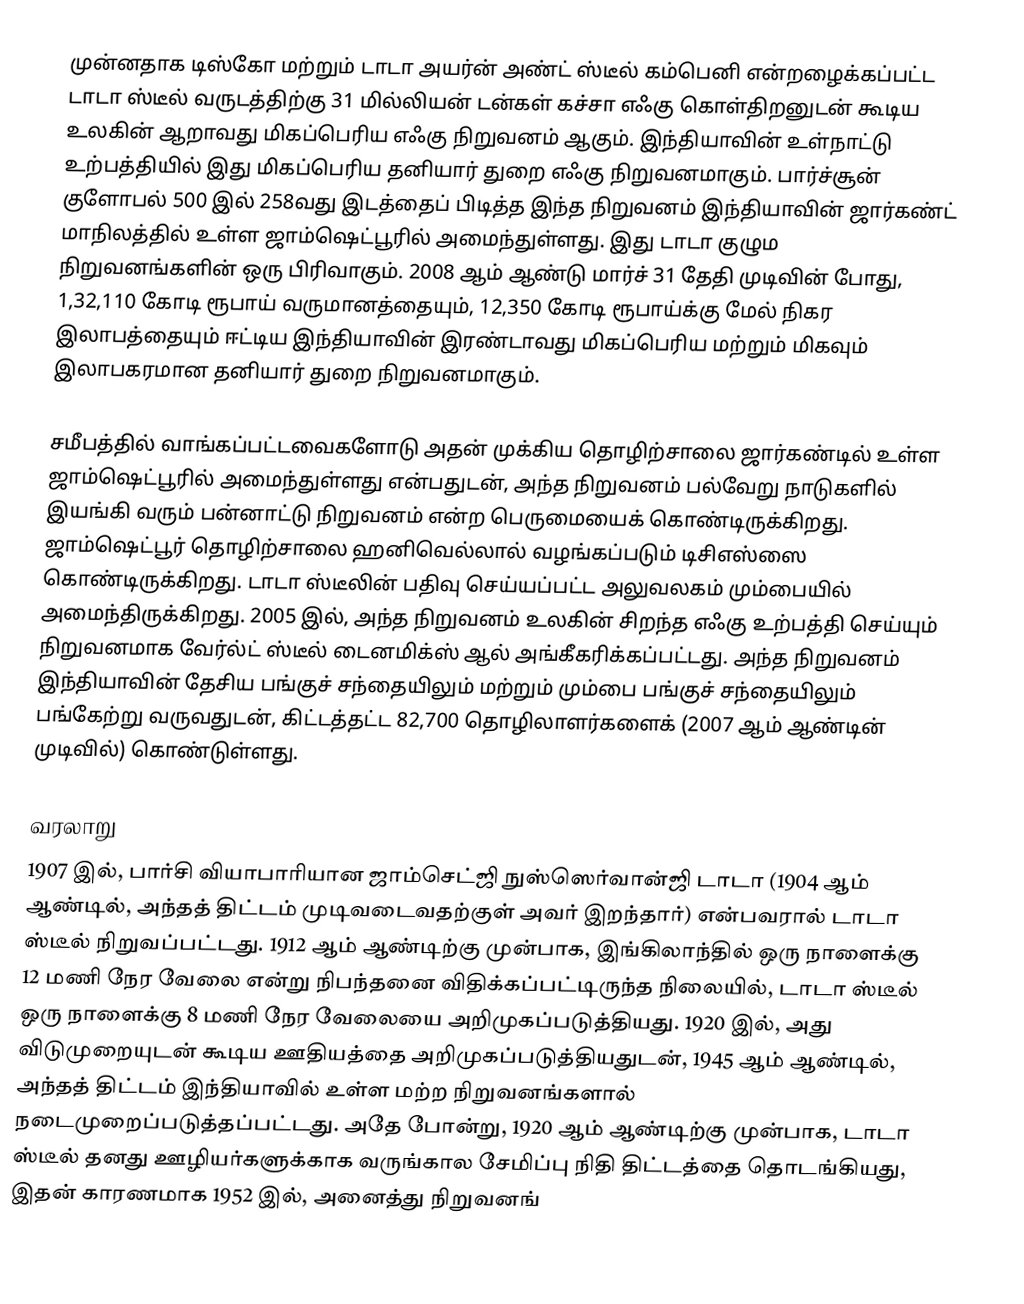
முன்னதாக டிஸ்கோ  மற்றும் டாடா அயர்ன் அண்ட் ஸ்டீல் கம்பெனி என்றழைக்கப்பட்ட டாடா ஸ்டீல் வருடத்திற்கு 31 மில்லியன் டன்கள் கச்சா எஃகு கொள்திறனுடன் கூடிய உலகின் ஆறாவது மிகப்பெரிய எஃகு நிறுவனம் ஆகும். இந்தியாவின் உள்நாட்டு உற்பத்தியில் இது மிகப்பெரிய தனியார் துறை எஃகு நிறுவனமாகும். பார்ச்சூன் குளோபல் 500 இல் 258வது இடத்தைப் பிடித்த இந்த நிறுவனம் இந்தியாவின் ஜார்கண்ட் மாநிலத்தில் உள்ள ஜாம்ஷெட்பூரில் அமைந்துள்ளது. இது டாடா குழும நிறுவனங்களின் ஒரு பிரிவாகும். 2008 ஆம் ஆண்டு மார்ச் 31 தேதி முடிவின் போது, 1,32,110 கோடி ரூபாய் வருமானத்தையும், 12,350 கோடி ரூபாய்க்கு மேல் நிகர இலாபத்தையும் ஈட்டிய இந்தியாவின் இரண்டாவது மிகப்பெரிய மற்றும் மிகவும் இலாபகரமான தனியார் துறை நிறுவனமாகும்.

சமீபத்தில் வாங்கப்பட்டவைகளோடு அதன் முக்கிய தொழிற்சாலை ஜார்கண்டில் உள்ள ஜாம்ஷெட்பூரில் அமைந்துள்ளது என்பதுடன், அந்த நிறுவனம் பல்வேறு நாடுகளில் இயங்கி வரும் பன்னாட்டு நிறுவனம் என்ற பெருமையைக் கொண்டிருக்கிறது. ஜாம்ஷெட்பூர் தொழிற்சாலை ஹனிவெல்லால் வழங்கப்படும் டிசிஎஸ்ஸை கொண்டிருக்கிறது. டாடா ஸ்டீலின் பதிவு செய்யப்பட்ட அலுவலகம் மும்பையில் அமைந்திருக்கிறது. 2005 இல், அந்த நிறுவனம் உலகின் சிறந்த எஃகு உற்பத்தி செய்யும் நிறுவனமாக வேர்ல்ட் ஸ்டீல் டைனமிக்ஸ் ஆல் அங்கீகரிக்கப்பட்டது. அந்த நிறுவனம் இந்தியாவின் தேசிய பங்குச் சந்தையிலும் மற்றும் மும்பை பங்குச் சந்தையிலும் பங்கேற்று வருவதுடன், கிட்டத்தட்ட 82,700 தொழிலாளர்களைக் (2007 ஆம் ஆண்டின் முடிவில்) கொண்டுள்ளது.

வரலாறு
1907 இல், பார்சி வியாபாரியான ஜாம்செட்ஜி நுஸ்ஸெர்வான்ஜி டாடா (1904 ஆம் ஆண்டில், அந்தத் திட்டம் முடிவடைவதற்குள் அவர் இறந்தார்) என்பவரால் டாடா ஸ்டீல் நிறுவப்பட்டது. 1912 ஆம் ஆண்டிற்கு முன்பாக, இங்கிலாந்தில் ஒரு நாளைக்கு 12 மணி நேர வேலை என்று நிபந்தனை விதிக்கப்பட்டிருந்த நிலையில், டாடா ஸ்டீல் ஒரு நாளைக்கு 8 மணி நேர வேலையை அறிமுகப்படுத்தியது. 1920 இல், அது விடுமுறையுடன் கூடிய ஊதியத்தை அறிமுகப்படுத்தியதுடன், 1945 ஆம் ஆண்டில், அந்தத் திட்டம் இந்தியாவில் உள்ள மற்ற நிறுவனங்களால் நடைமுறைப்படுத்தப்பட்டது. அதே போன்று, 1920 ஆம் ஆண்டிற்கு முன்பாக, டாடா ஸ்டீல் தனது ஊழியர்களுக்காக வருங்கால சேமிப்பு நிதி திட்டத்தை தொடங்கியது, இதன் காரணமாக 1952 இல், அனைத்து நிறுவனங்